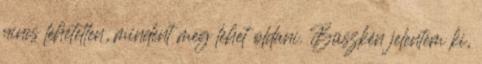
nincs lehetetlen, mindent meg lehet oldani. Büszkén jelentem ki,